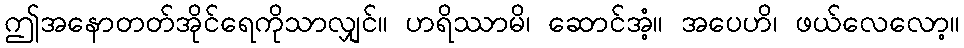
ဤအနောတတ်အိုင်ရေကိုသာလျှင်။ ဟရိဿာမိ၊ ဆောင်အံ့။ အပေဟိ၊ ဖယ်လေလော့။